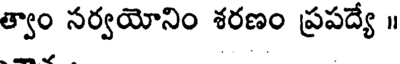
త్వాం సర్వయోనిం శరణం ప్రపద్యే ॥